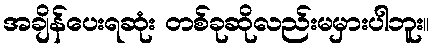
အချိန်ပေးရဆုံး တစ်ခုဆိုလည်းမမှားပါဘူး။